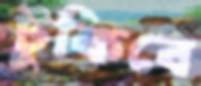
টুকিবে